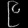
Digit: ၉